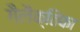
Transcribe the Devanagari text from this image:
गैलैक्तिका